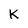
Character: K